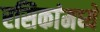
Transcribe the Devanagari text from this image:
रसिकांमध्ये